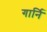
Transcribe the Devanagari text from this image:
गार्नि